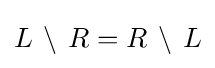
L\,\setminus \,R=R\,\setminus \,L